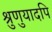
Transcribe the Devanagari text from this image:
श्रुणुयादपि